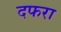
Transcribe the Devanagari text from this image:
दफरा